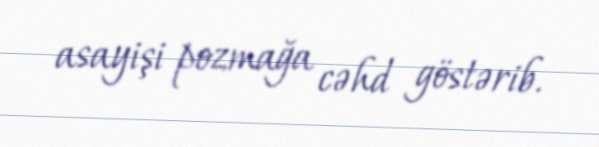
asayişi pozmağa cəhd göstərib.